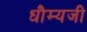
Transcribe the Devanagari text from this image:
धौम्यजी